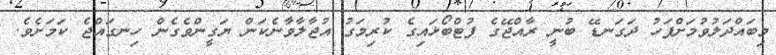
މިބައްދަލުވުމަށްފަހު ދަގަނޑޭ ބުނީ ރާއްޖޭގެ ފުޓްބޯޅައިގެ ކުރިމަގު އުޖާލާވާނެކަން ޔަގީންވެގެން ހިނގައްޖެ ކަމަށެވެ.